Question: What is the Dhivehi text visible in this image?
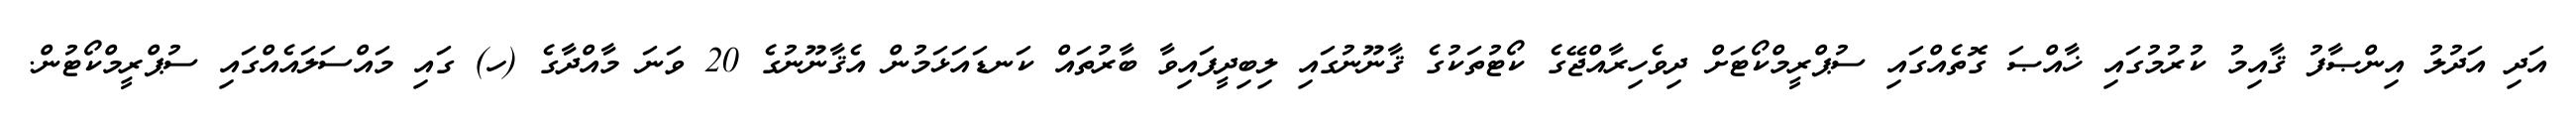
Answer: އަދި އަދުލު އިންޞާފު ޤާއިމު ކުރުމުގައި ޚާއްޞަ ގޮތެއްގައި ސުޕްރީމްކޯޓަށް ދިވެހިރާއްޖޭގެ ކޯޓުތަކުގެ ޤާނޫނުގައި ލިބިދީފައިވާ ބާރުތައް ކަނޑައަޅަމުން އެޤާނޫނުގެ 20 ވަނަ މާއްދާގެ (ހ) ގައި މައްސަލައެއްގައި ސުޕްރީމްކޯޓުން.